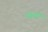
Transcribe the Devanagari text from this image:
आयर्तो